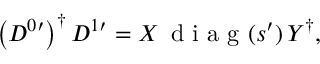
\left( D ^ { 0 \prime } \right) ^ { \dag } D ^ { 1 \prime } = X \, \mathrm { ~ d ~ i ~ a ~ g ~ } ( s ^ { \prime } ) \, Y ^ { \dag } ,